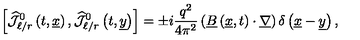
\left[ \widehat { { \mathcal J } } _ { \ell / r } ^ { 0 } \left( t , \underline { { x } } \right) , \widehat { { \mathcal J } } _ { \ell / r } ^ { 0 } \left( t , \underline { { y } } \right) \right] = \pm i \frac { q ^ { 2 } } { 4 \pi ^ { 2 } } \left( \underline { { B } } \left( \underline { { x } } , t \right) \cdot \underline { { \nabla } } \right) \delta \left( \underline { { x } } - \underline { { y } } \right) ,